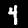
Label: 4